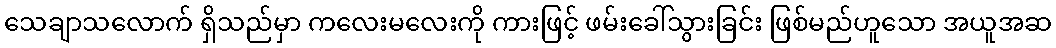
သေချာသလောက် ရှိသည်မှာ ကလေးမလေးကို ကားဖြင့် ဖမ်းခေါ်သွားခြင်း ဖြစ်မည်ဟူသော အယူအဆ